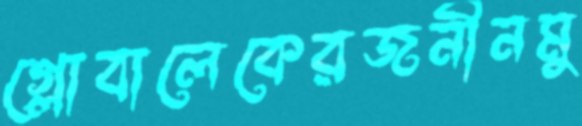
গ্লোবালেকেরজনীনমু